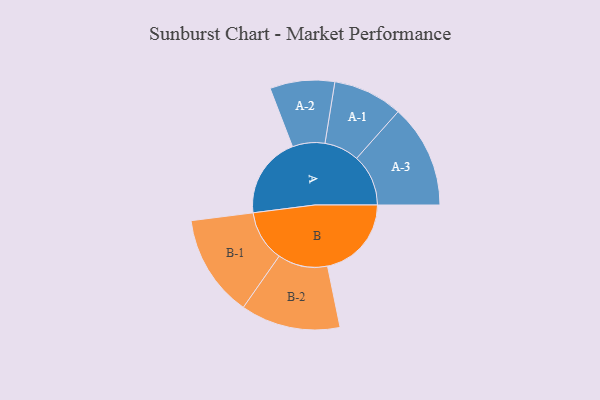
{"axis": {"x": "Segment", "y": "Value"}, "legend": ["", "A", "B"], "data": [{"x": "A", "y": 438, "type": ""}, {"x": "B", "y": 451, "type": ""}, {"x": "A-1", "y": 187, "type": "A"}, {"x": "A-2", "y": 174, "type": "A"}, {"x": "A-3", "y": 278, "type": "A"}, {"x": "B-1", "y": 275, "type": "B"}, {"x": "B-2", "y": 268, "type": "B"}]}